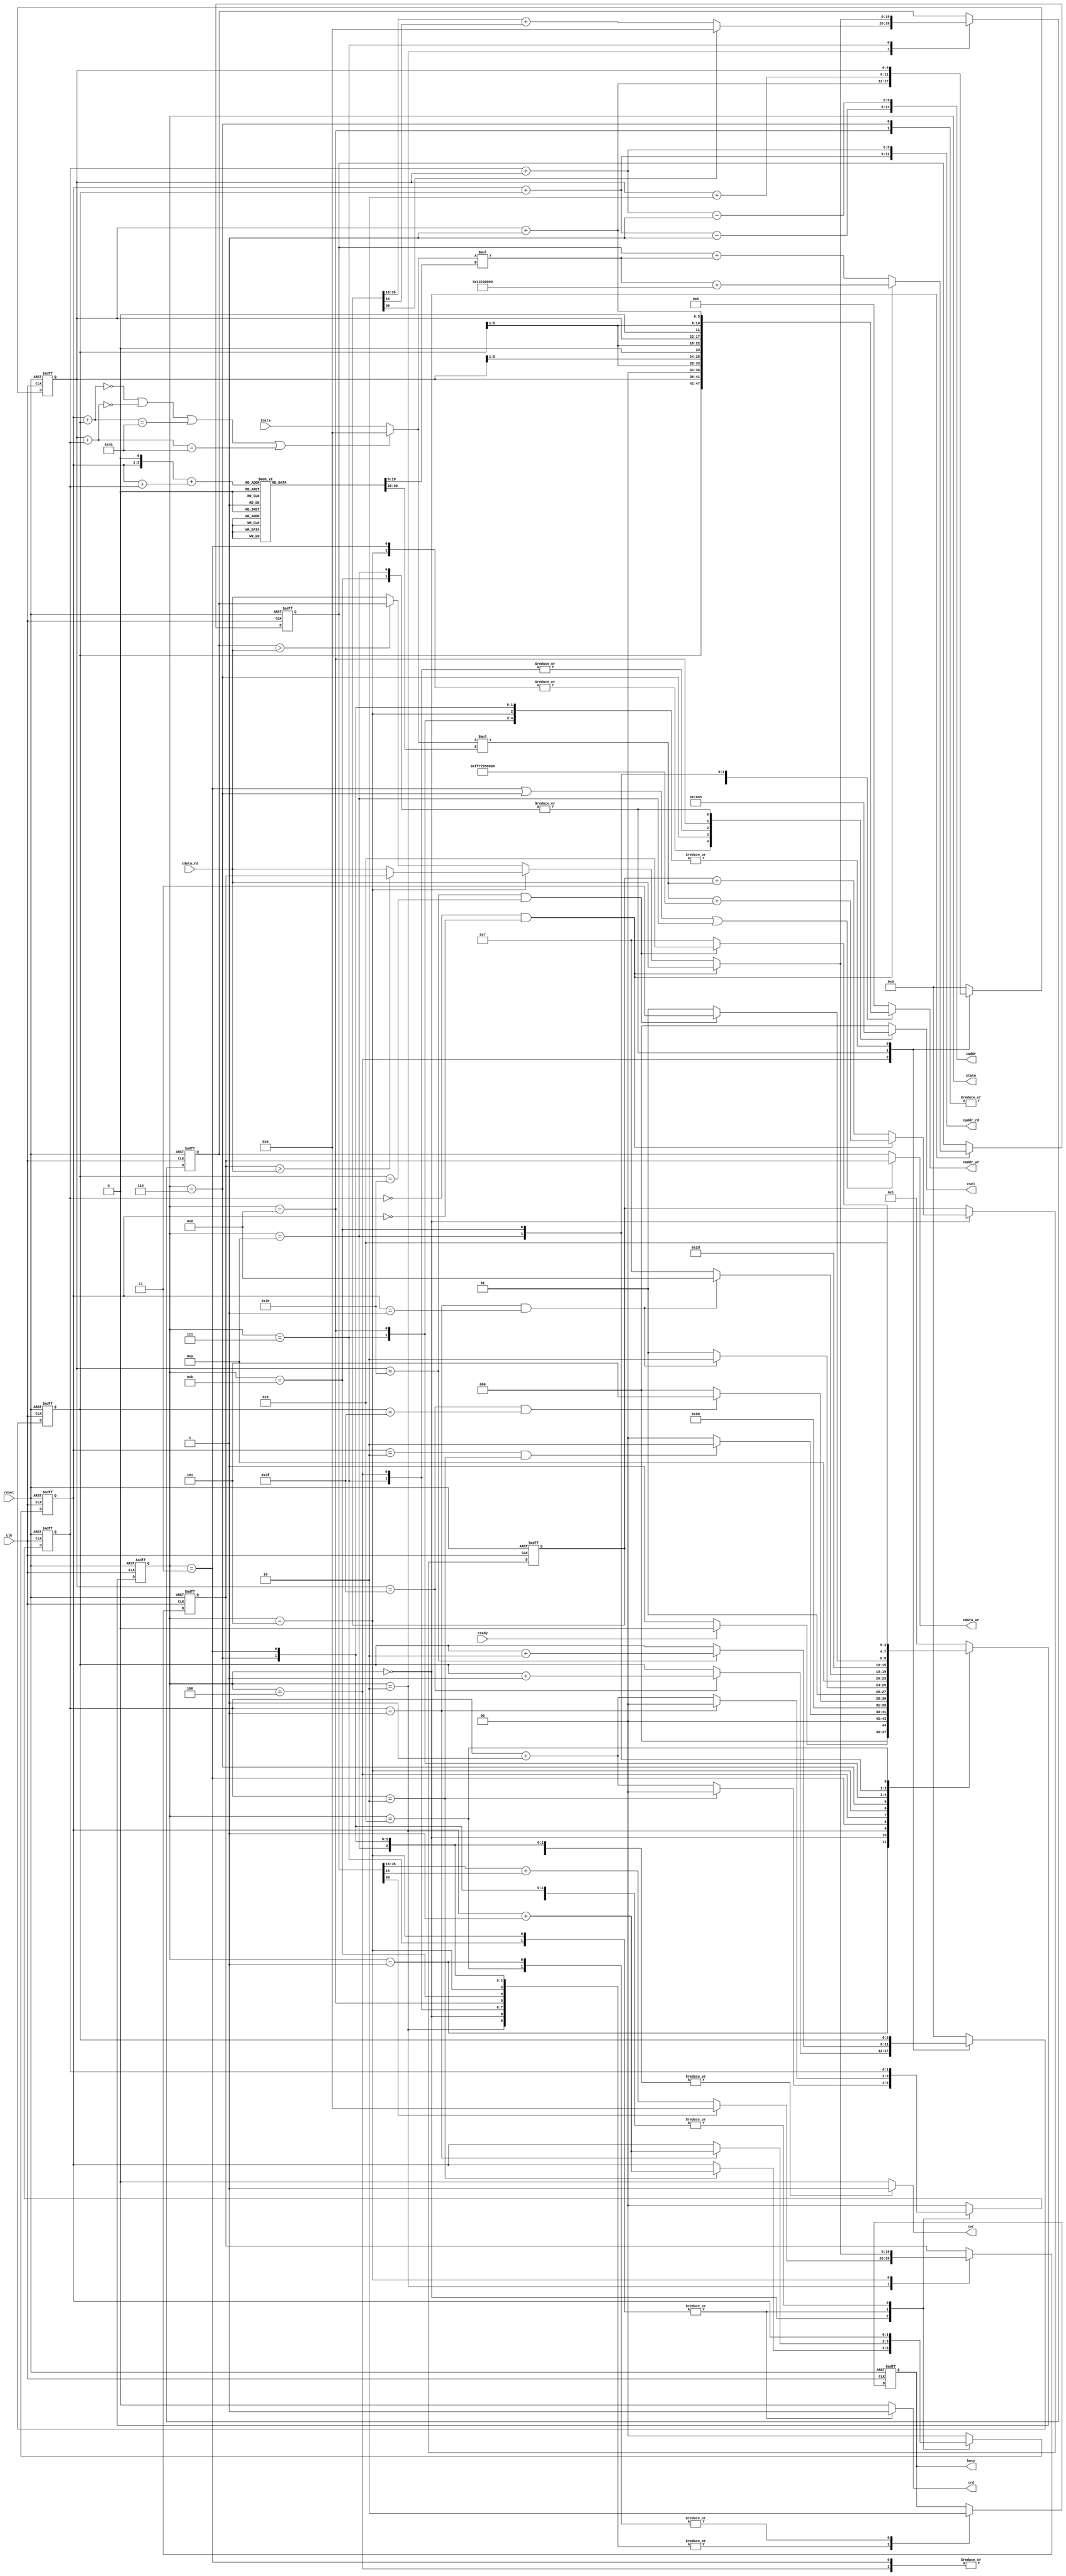

`timescale 1ns/10ps

module  CONV(
	//system input
	clk,
	reset,
	busy,
	ready,
	//image data read
	iaddr,
	idata,
	//conv mem write
	cwr,
	caddr_wr,
	cdata_wr,
	//conv mem read
	crd,
	caddr_rd,
	cdata_rd,
	//select mem
	csel,
	state
	);

//define input and output
input			clk;
input			reset;
output			busy;	
input			ready;			
output [11:0]	iaddr;
input  [19:0]	idata;	
output	 		cwr;
output [11:0]	caddr_wr;
output [19:0]	cdata_wr;
output	 		crd;
output [11:0]	caddr_rd;
input  [19:0] 	cdata_rd;
output [2:0]	csel;
output [3:0]	state;

reg 			busy; 		//ready to high
wire [11:0] 	iaddr; 		// pixel addr V
reg 			crd; 		// conv read mem if 1 V
wire [11:0] 	caddr_rd; 	//conv read mem addr 
reg 			cwr; 		//comv write enable if 1 V
wire [19:0] 	cdata_wr; 	// write data 4 bit int and 16 bit float V 
reg [11:0] 		caddr_wr; 	// write addr V
reg [2:0]		csel; 		// 0 --> none 1 ---> layer 0 kernel 0 2 ---> layer 0 kernel 1 3 ---> layer 1 kernel 0 4 ---> layer 1 kernel 1 5 ---> layer2 flatten
wire [3:0] 		state;


//define point 
wire [39:0] 		conv_tmp1;
wire [39:0] 		conv_tmp2;
wire [19:0]			max_pool;
reg [5:0] 			x;//x63x=63x1x0
reg [5:0] 			y;//y63
reg signed [39:0]	img_data1;
reg signed [39:0]	img_data2;
reg signed [19:0]	conv1_result;
reg signed [19:0]	conv2_result;
reg signed [19:0]	now_kernel1;
reg signed [19:0]	now_kernel2;
reg [3:0]			cur_state;
reg [3:0]			next_state;
//reg [3:0]			counter;
reg [1:0]			row; //3x3
reg [1:0]			col;
wire signed [19:0]	read_buf;
integer i;
wire [5:0]			x_plus1;
//define state mechine
localparam READ_IMG_DATA			= 4'd0;
localparam INIT 					= 4'd1;
localparam CONV 					= 4'd2;
localparam STORE_CONV1 				= 4'd3;
localparam STORE_CONV2 				= 4'd4;
localparam READ_CONV1_DATA 			= 4'd5;
localparam MAX_POOLING_AND_STORE_1	= 4'd6;
localparam READ_CONV2_DATA 			= 4'd7;
localparam MAX_POOLING_AND_STORE_2	= 4'd8;
localparam DONE						= 4'd9;
localparam FLATTEN_1				= 4'd10;
localparam FLATTEN_2				= 4'd11;


parameter signed kernel000 	= 20'h0A89E;
parameter signed kernel001 	= 20'h092D5;
parameter signed kernel002 	= 20'h06D43;
parameter signed kernel010 	= 20'h01004;
parameter signed kernel011 	= 20'hF8F71;
parameter signed kernel012 	= 20'hF6E54;
parameter signed kernel020 	= 20'hFA6D7;
parameter signed kernel021 	= 20'hFC834;
parameter signed kernel022 	= 20'hFAC19;
parameter signed bias0 		= 20'h01310;

parameter signed kernel100 	= 20'hFDB55;
parameter signed kernel101 	= 20'h02992;
parameter signed kernel102 	= 20'hFC994;
parameter signed kernel110 	= 20'h050FD;
parameter signed kernel111 	= 20'h02F20;
parameter signed kernel112	= 20'h0202D;
parameter signed kernel120 	= 20'h03BD7;
parameter signed kernel121 	= 20'hFD369;
parameter signed kernel122 	= 20'h05E68;
parameter signed bias1 		= 20'hF7295;

assign read_buf = ( ( row  + { 1'b0 , y } ) == 7'd0 || ( { 1'b0 , x } + col ) == 7'd0 || ( row  + { 1'b0 , y } ) == 7'd65 || ( { 1'b0 , x } + col ) == 7'd65 ) ? 20'd0 : idata; //zero padding when x at 0 or x at 65 or y = 0 or y = 65
assign iaddr =  { ( ( { 4'b0000 , row } + y ) - 6'd1 ) , ( ( { 4'b0000 , col } + x ) - 6'd1 ) };
//assign cdata_wr = ( cur_state == STORE_CONV1 ) ? conv1_result : conv2_result;
assign cdata_wr = ( cur_state == STORE_CONV1 || cur_state == MAX_POOLING_AND_STORE_1 || cur_state == FLATTEN_1 ) ? conv1_result : conv2_result;//
assign caddr_rd =  { ( { 4'b0000 , row } + y ) , ( { 4'b0000 , col } + x ) };
assign conv_tmp1 = read_buf * now_kernel1;
assign conv_tmp2 = read_buf * now_kernel2;
assign max_pool = (cur_state == READ_CONV1_DATA ) ? ( ( conv1_result > cdata_rd ) ? conv1_result : cdata_rd ) : ( ( conv2_result > cdata_rd ) ? conv2_result : cdata_rd );
assign x_plus1 = x + 1;
assign state = cur_state;
//kernel
always @ (*) begin
	case ( (row << 1 ) + ( row + col ) ) //row*3 + col
		4'd0 : begin
			now_kernel1 = kernel000;//now_kernel1 
			now_kernel2 = kernel100;
		end
		4'd1 : begin
			now_kernel1 = kernel001;
			now_kernel2 = kernel101;
		end
		4'd2 : begin
			now_kernel1 = kernel002;
			now_kernel2 = kernel102;
		end
		4'd3 : begin
			now_kernel1 = kernel010;
			now_kernel2 = kernel110;
		end
		4'd4 : begin
			now_kernel1 = kernel011;
			now_kernel2 = kernel111;
		end
		4'd5 : begin
			now_kernel1 = kernel012;
			now_kernel2 = kernel112;
		end
		4'd6 : begin
			now_kernel1 = kernel020;
			now_kernel2 = kernel120;
		end
		4'd7 : begin
			now_kernel1 = kernel021;
			now_kernel2 = kernel121;
		end
		4'd8 : begin
			now_kernel1 = kernel022;
			now_kernel2 = kernel122;
		end
		default : begin
			now_kernel1 = kernel000;
			now_kernel2 = kernel100;
		end
	endcase
end


always @ ( posedge clk or posedge reset ) begin
	if ( reset ) begin
		//counter <= 4'd0;
		x <= 6'd0;
		y <= 6'd0;
		cur_state <= INIT;
		img_data1 <= 40'd0;
		img_data2 <= 40'd0;
		col <= 0;
		row <= 0;
		conv1_result <= 20'd0;
		conv2_result <= 20'd0;
		busy <= 1'b0;
	end
	else begin
		case (cur_state)
			INIT: begin
				cur_state <= next_state;
				busy <= 1'b0;//
			end
			READ_IMG_DATA : begin
				busy <= 1'b1;//
				//counter <= counter + 1'b1;
				cur_state <= next_state;
				if ( col == 2'd0 && row == 2'd0 ) begin
					img_data1 <= conv_tmp1 + {4'b0000,bias0,16'b0};//bias
					img_data2 <= conv_tmp2 + {4'b1111,bias1,16'b0};
				end
				else begin
					img_data1 <= img_data1 + conv_tmp1;
					img_data2 <= img_data2 + conv_tmp2;
				end
				if ( col == 2'd2 ) begin
					row <= row + 2'd1;
					col <= 2'd0;
				end
				else begin
					row <= row;
					col <= col + 2'd1;
				end
			end
			CONV : begin
				busy <= 1'b1;//
				cur_state <= next_state;
				//counter <= 0;
				row <= 0;//rowcol
				col <= 0;
				conv1_result <= ( img_data1[39] == 1'b1 ) ? 20'b0 : img_data1[35:16] + img_data1[15];//img_data1[15]17
				conv2_result <= ( img_data2[39] == 1'b1 ) ? 20'b0 : img_data2[35:16] + img_data2[15];
			end
			STORE_CONV1 : begin
				busy <= 1'b1;//
				cur_state <= next_state;
			end
			STORE_CONV2 : begin
				busy <= 1'b1;//
				cur_state <= next_state;
				x <= x + 6'd1;//STORE_CONV2 x 1x630pixel
				if ( x == 6'd63 )
					y <= y + 6'd1;
				else //x != 63
					y <= y;
			end
			READ_CONV1_DATA : begin
				busy <= 1'b1;//
				cur_state <= next_state;
				//counter <= counter + 1'b1;
				if ( col == 0 && row == 0)
					conv1_result <= cdata_rd;// cdata_rdconv1_result
				else 
					conv1_result <= max_pool;//conv1_result
				if ( col == 2'd1 ) begin//2X2
					row <= row + 2'd1;//row = 1((col == 1 && row == 1))
					col <= 2'd0;
				end
				else begin
					row <= row;
					col <= col + 2'd1;
				end
			end
			MAX_POOLING_AND_STORE_1 : begin
				busy <= 1'b1;//
				cur_state <= next_state;
			end
			FLATTEN_1 : begin
				busy <= 1'b1;//
				x <= x + 6'd2;
				if ( x == 6'd62 ) 
					y <= y + 6'd2;
				else 
					y <= y;
				col <= 2'd0;
				row <= 2'd0;
				cur_state <= next_state;
			end
			READ_CONV2_DATA : begin
				busy <= 1'b1;
				cur_state <= next_state;
				if ( col == 0 && row == 0) 
					conv2_result <= cdata_rd;
				else 
					conv2_result <= max_pool;  
				cur_state <= next_state;
				if ( col == 2'd1 ) begin
					row <= row + 2'd1;
					col <= 2'd0;
				end
				else begin
					row <= row;
					col <= col + 2'd1;
				end
			end
			MAX_POOLING_AND_STORE_2 : begin
				busy <= 1'b1;
				cur_state <= next_state;
			end
			FLATTEN_2 : begin
				busy <= 1'b1;
				x <= x + 6'd2;
				if ( x == 6'd62 ) 
					y <= y + 6'd2;
				else 
					y <= y;
				col <= 2'd0;
				row <= 2'd0;
				cur_state <= next_state;
			end
			DONE : begin
				cur_state <= next_state;
				busy <= 1'b0;
			end
			default : begin
				row <= 2'd0;
				col <= 2'd0;
				cur_state <= next_state;
				x <= 6'd0;
				y <= 6'd0;

			end	
		endcase
	end

end


always@ ( * ) begin
	case (cur_state)
		INIT: begin
			if ( ready )
				next_state = READ_IMG_DATA;
			else
				next_state = INIT;
		end
		READ_IMG_DATA : begin
			if ( row == 2'd2 && col == 2'd2 )
				next_state = CONV;
			else
				next_state = READ_IMG_DATA;
		end
		CONV : begin
			next_state = STORE_CONV1;
		end
		STORE_CONV1 : begin
			next_state = STORE_CONV2;
		end
		STORE_CONV2 : begin
			if ( x == 6'd63 && y == 6'd63 )
				next_state = READ_CONV1_DATA;
			else
				next_state = READ_IMG_DATA;
		end
		READ_CONV1_DATA : begin
			if ( col == 2'd1 && row == 2'd1 )
				next_state = MAX_POOLING_AND_STORE_1;
			else
				next_state = READ_CONV1_DATA;
		end
		MAX_POOLING_AND_STORE_1 : begin
			next_state = FLATTEN_1;
		end
		READ_CONV2_DATA : begin
			if ( col == 2'd1 && row == 2'd1 )
				next_state = MAX_POOLING_AND_STORE_2;
			else
				next_state = READ_CONV2_DATA;
		end
		MAX_POOLING_AND_STORE_2 : begin
			next_state = FLATTEN_2;
		end
		FLATTEN_1 : begin
			if ( x == 6'd62 && y == 6'd62 )
				next_state = READ_CONV2_DATA;
			else
				next_state = READ_CONV1_DATA;
		end
		FLATTEN_2 : begin
			if ( x == 6'd62 && y == 6'd62 )
				next_state = DONE;
			else
				next_state = READ_CONV2_DATA;
		end
		DONE : begin
			next_state = DONE;
		end
		default : begin
			next_state = INIT;
		end	
	endcase
end

always @ ( * ) begin
	//busy = 1'b1;
	case (cur_state)
		INIT: begin
			//busy = 1'b0;
			crd = 1'b0;
			csel = 3'b000;
			caddr_wr = 12'd0;
			cwr = 1'b0;
		end
		READ_IMG_DATA : begin
			//busy = 1'b1;
			crd = 1'b0;
			csel = 3'b000;
			caddr_wr = 12'd0;
			cwr = 1'b0;
		end
		CONV : begin
			//busy = 1'b1;
			crd = 1'b0;
			csel = 3'b000;
			caddr_wr = 12'd0;
			cwr = 1'b0;
		end
		STORE_CONV1 : begin
			//busy = 1'b1;
			crd = 1'b0;
			csel = 3'b001;
			caddr_wr = { y , x };
			cwr = 1'b1;
		end
		STORE_CONV2 : begin
			//busy = 1'b1;
			crd = 1'b0;
			csel = 3'b010;
			caddr_wr = { y , x };
			cwr = 1'b1;
		end
		READ_CONV1_DATA : begin
			//busy = 1'b1;
			crd = 1'b1;
			csel = 3'b001;
			caddr_wr = 12'd0;
			cwr = 1'b0;
		end
		MAX_POOLING_AND_STORE_1 : begin
			//busy = 1'b1;
			crd = 1'b0;
			csel = 3'b011;
			caddr_wr = { { 2'b00 , y[5:1] , x[5:1] } };
			cwr = 1'b1;
		end
		READ_CONV2_DATA : begin
			//busy = 1'b1;
			crd = 1'b1;
			csel = 3'b010;
			caddr_wr = 12'd0;
			cwr = 1'b0;
		end
		MAX_POOLING_AND_STORE_2 : begin
			//busy = 1'b1;
			crd = 1'b0;
			csel = 3'b100;
			caddr_wr = { { 2'b00 , y[5:1] , x[5:1] } };
			cwr = 1'b1;
		end
		FLATTEN_1 : begin
			//busy = 1'b1;
			crd = 1'b0;
			csel = 3'b101;
			caddr_wr = { 1'b0 , y[5:1] , x };
			cwr = 1'b1;
		end
		FLATTEN_2 : begin
			//busy = 1'b1;
			crd = 1'b0;
			csel = 3'b101;
			caddr_wr = { 1'b0 , y[5:1] , x_plus1 };
			cwr = 1'b1;
		end
		DONE : begin
			//busy = 1'b0;
			crd = 1'b0;
			csel = 3'b000;
			cwr = 1'b0;
			caddr_wr = 12'd0;
		end
		default : begin
			//busy = 1'b1;
			crd = 1'b0;
			csel = 3'b000;
			cwr = 1'b0;
			caddr_wr = 12'd0;
			
		end	
	endcase
end

endmodule